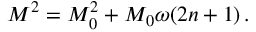
M ^ { 2 } = M _ { 0 } ^ { 2 } + M _ { 0 } \omega ( 2 n + 1 ) \, .